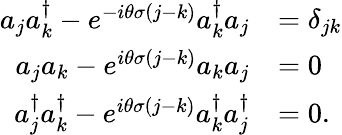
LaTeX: \begin{array}{rl}{{a}_{j}{a}_{k}^{\dagger}-e^{-i\theta\sigma(j-k)}{a}_{k}^{\dagger}{a}_{j}}&{=\delta_{jk}}\\ {{a}_{j}{a}_{k}-e^{i\theta\sigma(j-k)}{a}_{k}{a}_{j}}&{=0}\\ {{a}_{j}^{\dagger}{a}_{k}^{\dagger}-e^{i\theta\sigma(j-k)}{a}_{k}^{\dagger}{a}_{j}^{\dagger}}&{=0.}\end{array}